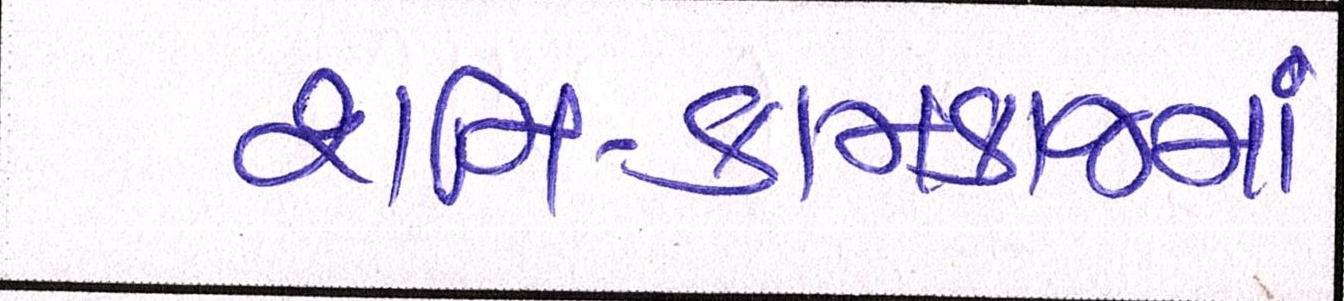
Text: શનિ-કામકાજમાં